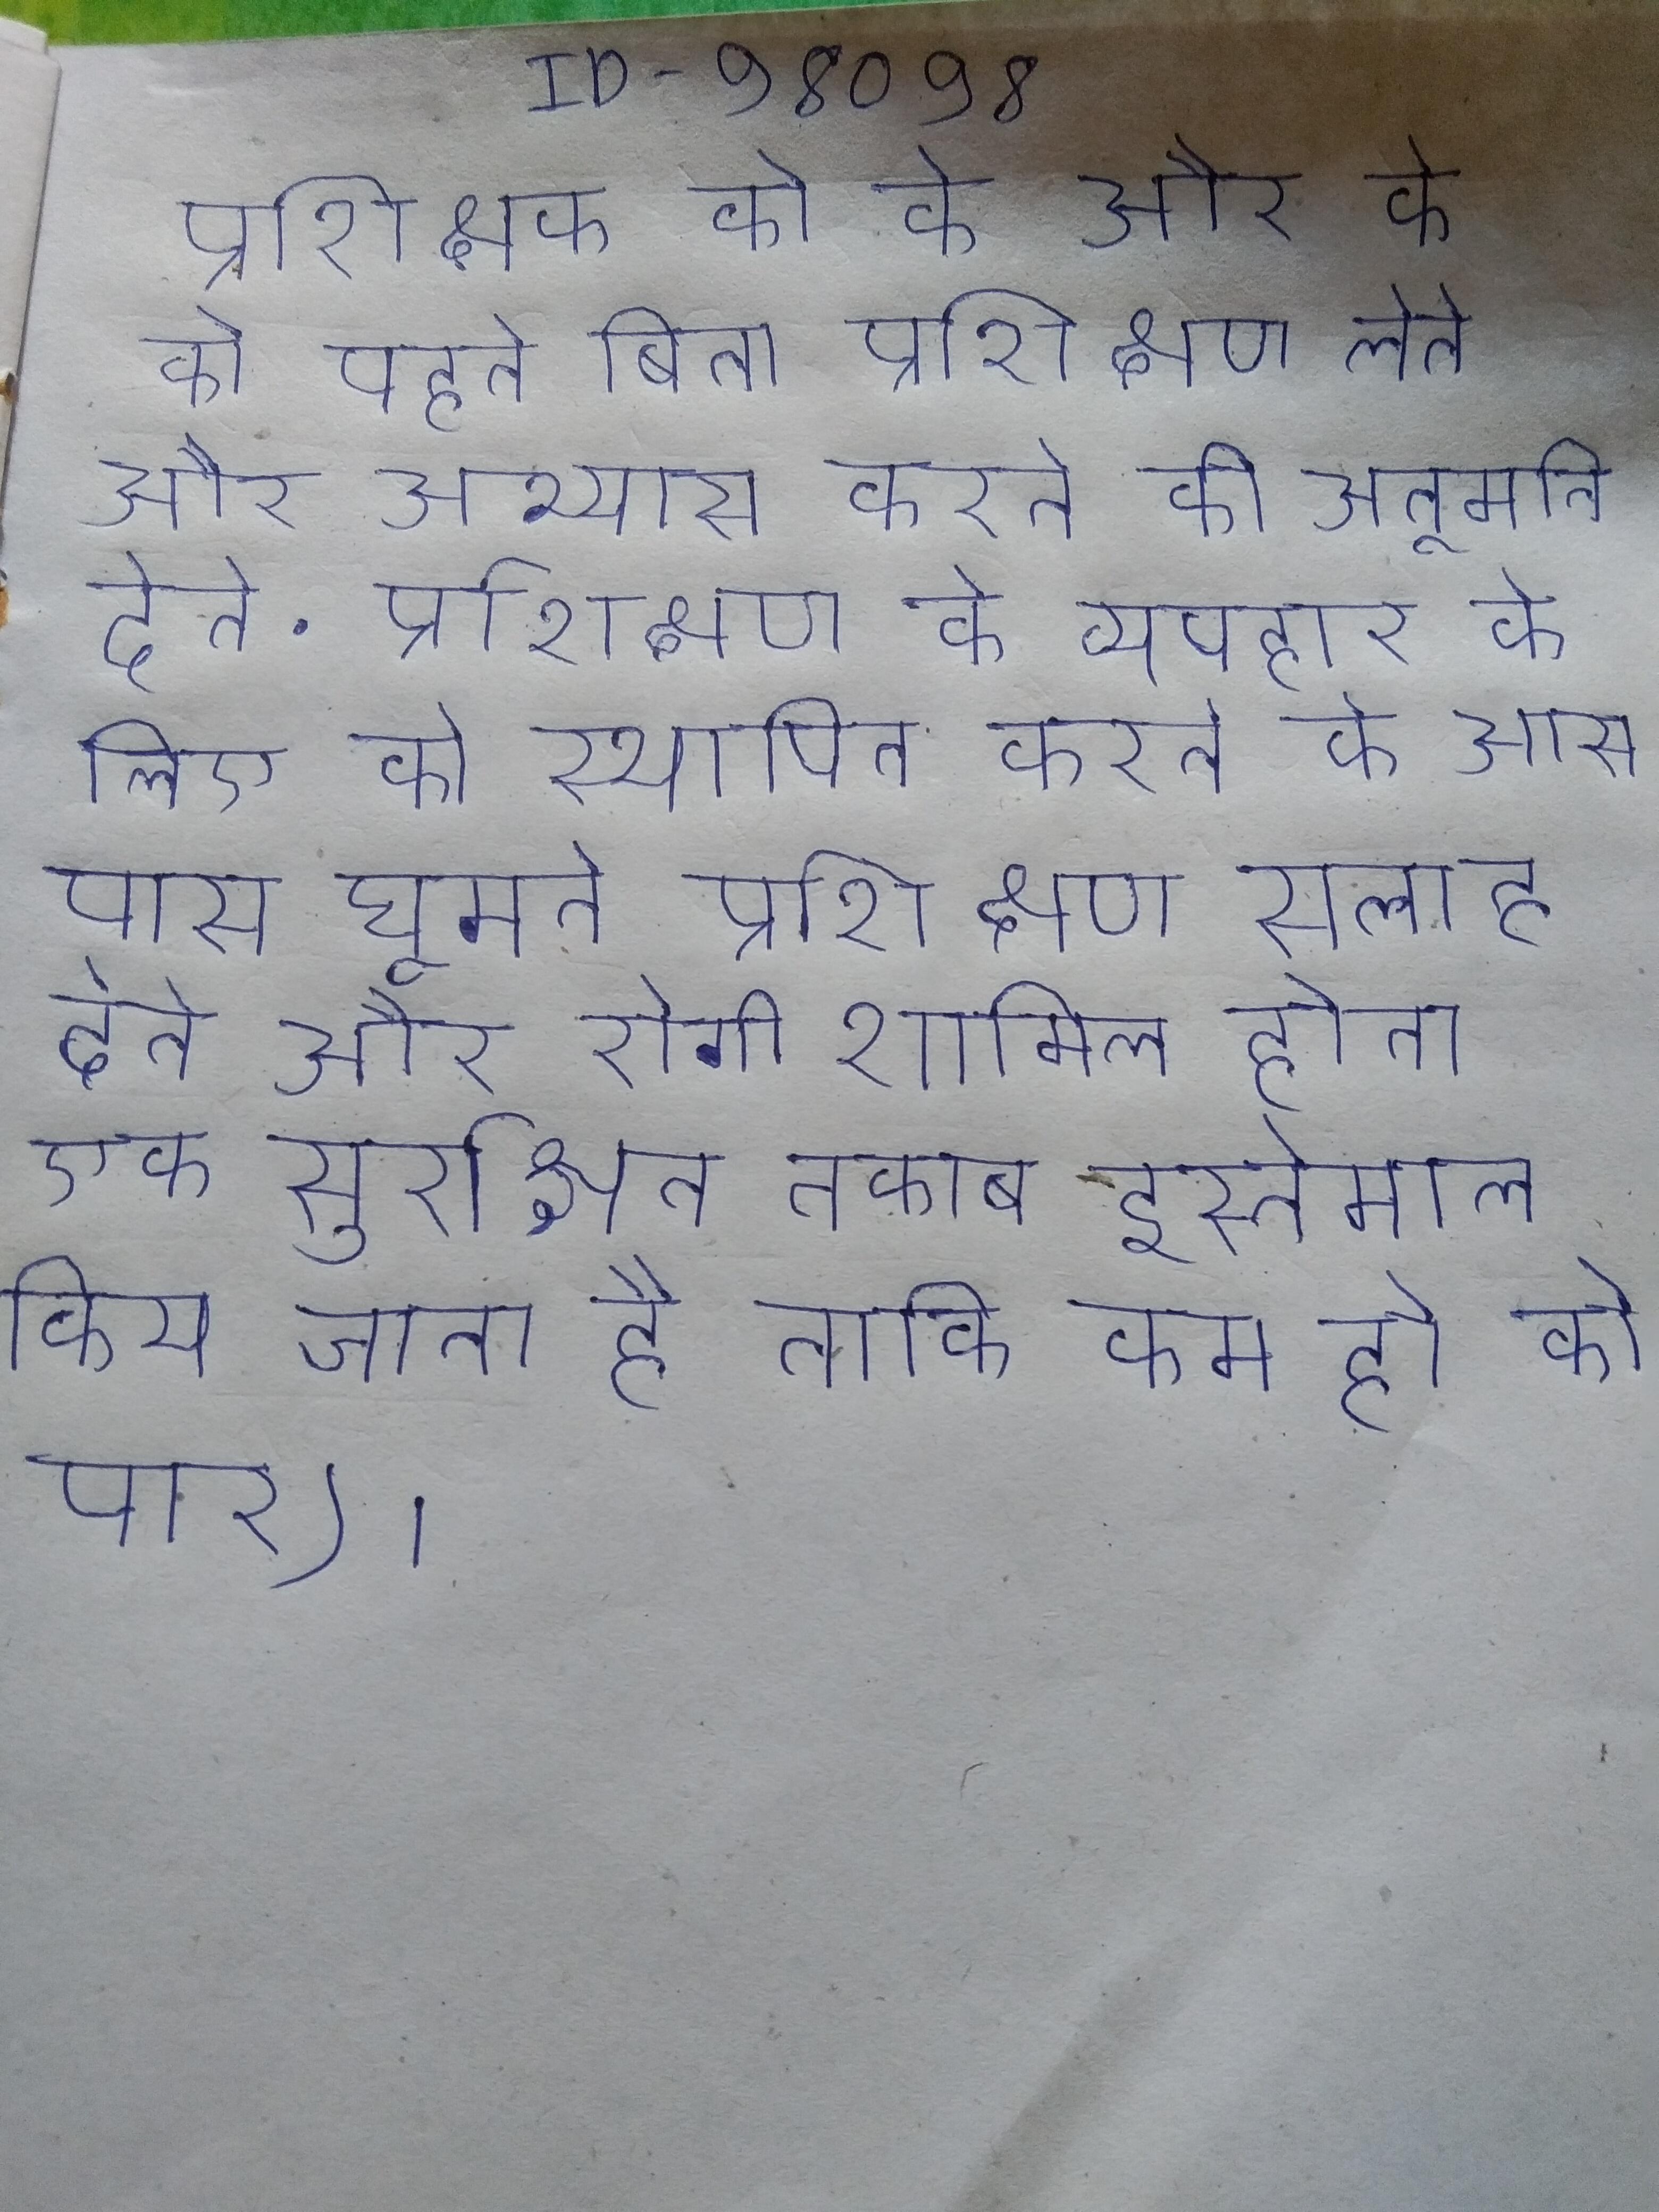
प्रशिक्षक को के और के को पहने बिना प्रशिक्षण लेने और अभ्यास करने की अनुमति देते . प्रशिक्षण के व्यवहार के लिए को स्थापित करने के आस पास घूमते । प्रशिक्षण सलाह देते और रोगी शामिल होता एक सुरक्षित नकाब इस्तेमाल किया जाता है ताकि कम हो के पार) ।